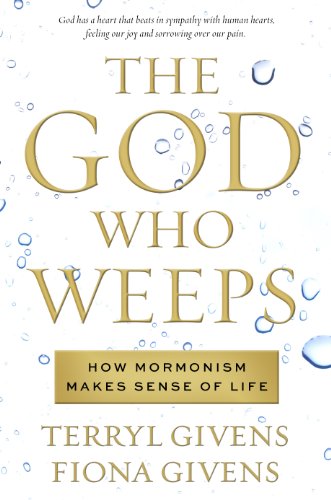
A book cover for The God Who Weeps: How Mormonism Makes Sense of Life; Terryl Givens; Christian Books & Bibles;